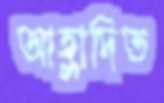
আহ্লাদিত